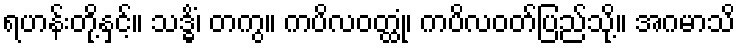
ရဟန်းတို့နှင့်။ သဒ္ဓိံ၊ တကွ။ ကပိလဝတ္ထုံ၊ ကပိလဝတ်ပြည်သို့။ အဂမာသိ